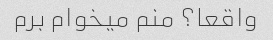
واقعا؟ منم میخوام برم